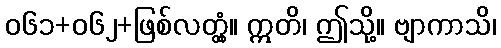
၀၆၁+၀၆၂+ဖြစ်လတ္တံ့။ ဣတိ၊ ဤသို့။ ဗျာကာသိ၊